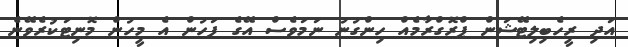
އަދި ރީހެބިލިޓޭޝަން ޕްރޮގްރާމެއް ހިންގުނު ނަމަވެސް އޭގެ ފަހުން އެ މީހުން މޮނިޓަކުރެވޭނެ